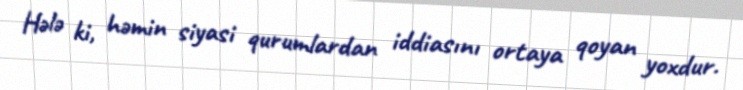
Hələ ki, həmin siyasi qurumlardan iddiasını ortaya qoyan yoxdur.